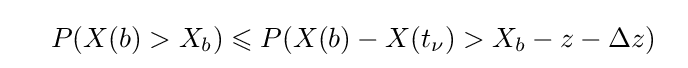
\ \ \ \ P(X(b)>X_{b})\leqslant P(X(b)-X(t_{\nu })>X_{b}-z-\Delta z)\ \